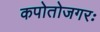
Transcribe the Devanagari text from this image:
कपोतोजगरः